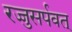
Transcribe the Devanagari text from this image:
रज्जुसर्पवत्